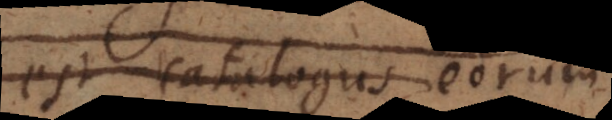
est catalogus eorum